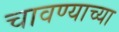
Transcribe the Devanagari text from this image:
चावण्याच्या